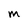
Character: m